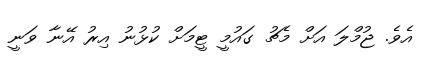
އެވެ. ޖުމްލަ އަށް މެޗު ގައުމީ ޓީމަށް ކުޅުނު އިރު އޭނާ ވަނީ